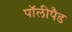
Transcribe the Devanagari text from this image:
पॉलीपैड